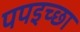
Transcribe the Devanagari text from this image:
पपइच्छा